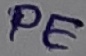
Text: PE